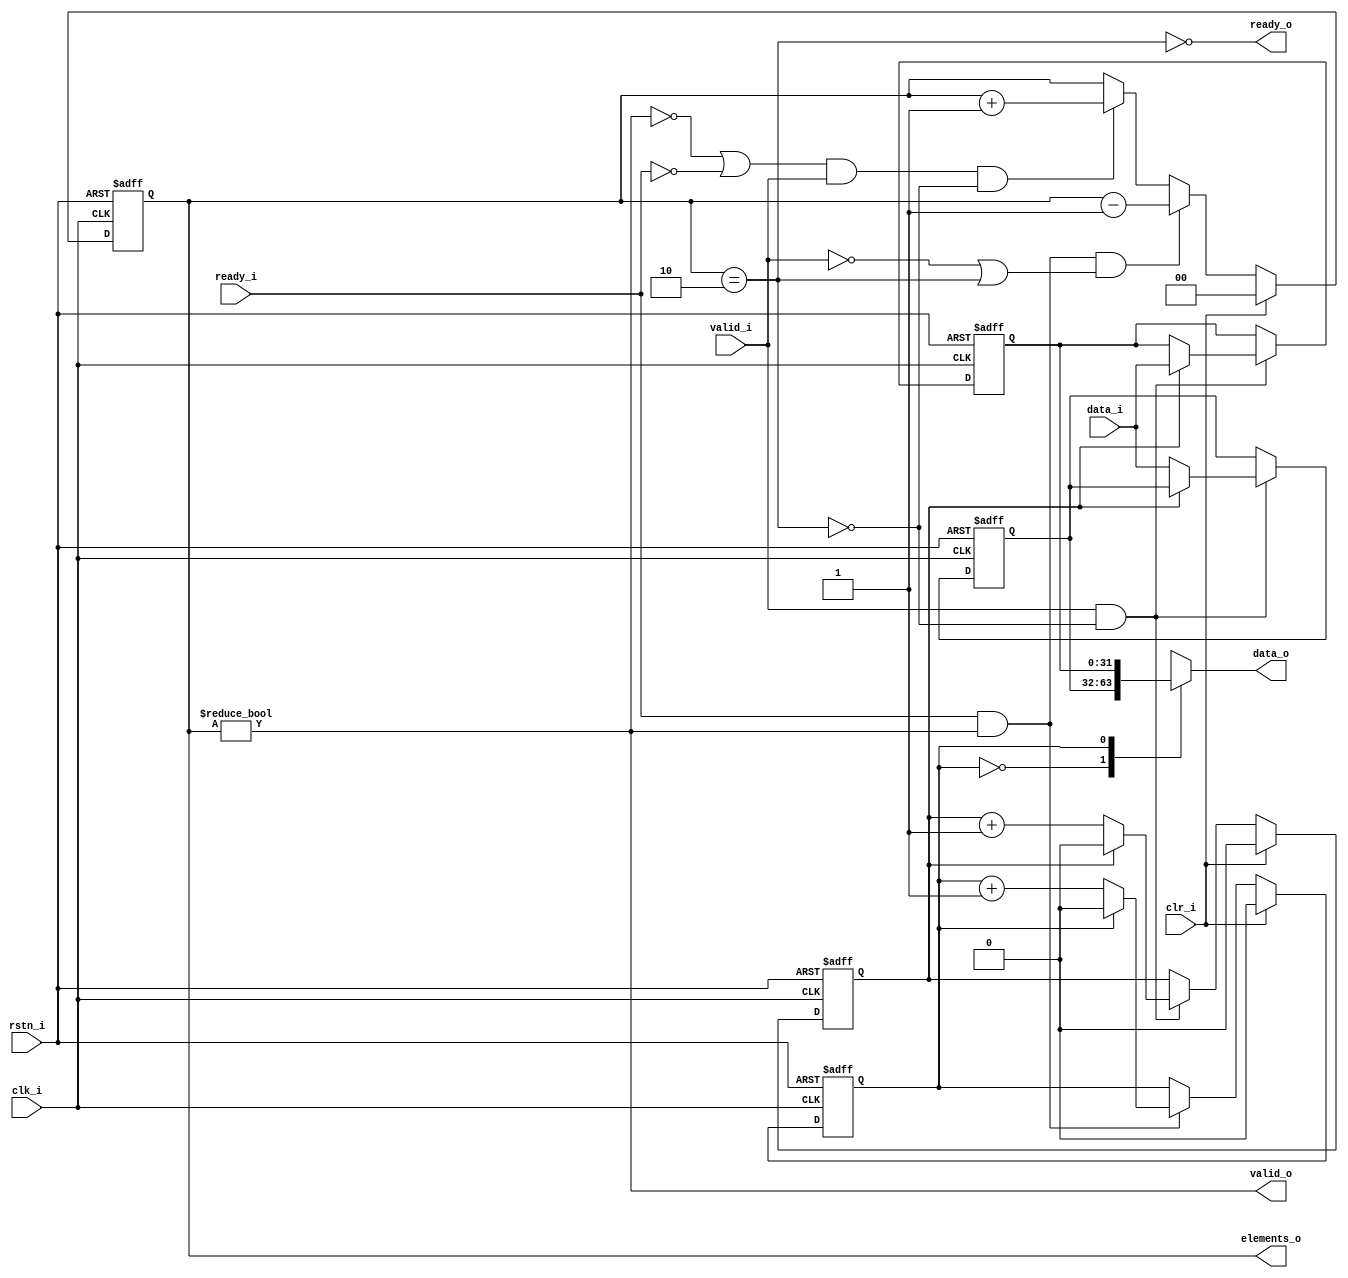
// Copyright 2017 ETH Zurich and University of Bologna.
// -- Adaptable modifications made for hbirdv2 SoC. -- 
// Copyright 2020 Nuclei System Technology, Inc.
// Copyright and related rights are licensed under the Solderpad Hardware
// License, Version 0.51 (the License); you may not use this file except in
// compliance with the License.  You may obtain a copy of the License at
// http://solderpad.org/licenses/SHL-0.51. Unless required by applicable law
// or agreed to in writing, software, hardware and materials distributed under
// this License is distributed on an AS IS BASIS, WITHOUT WARRANTIES OR
// CONDITIONS OF ANY KIND, either express or implied. See the License for the
// specific language governing permissions and limitations under the License.

module io_generic_fifo 
#(
    parameter DATA_WIDTH = 32,
    parameter BUFFER_DEPTH = 2,
    parameter LOG_BUFFER_DEPTH = $clog2(BUFFER_DEPTH)
)
(
    input  wire                      clk_i,
    input  wire                      rstn_i,
    input  wire                      clr_i,
    output wire [LOG_BUFFER_DEPTH:0] elements_o,
    output wire [DATA_WIDTH - 1:0]   data_o,
    output wire                      valid_o,
    input  wire                      ready_i,
    input  wire                      valid_i,
    input  wire [DATA_WIDTH - 1:0]   data_i,
    output wire                      ready_o
);
    // Internal data structures
    reg [LOG_BUFFER_DEPTH - 1:0] pointer_in;      // location to which we last wrote
    reg [LOG_BUFFER_DEPTH - 1:0] pointer_out;     // location from which we last sent

    reg [LOG_BUFFER_DEPTH:0]     elements;        // number of elements in the buffer
    reg [DATA_WIDTH - 1:0]       buffer [BUFFER_DEPTH - 1:0];
    wire                         full;
   
   
    assign full       = (elements == BUFFER_DEPTH);
    assign elements_o = elements;

    always @(posedge clk_i or negedge rstn_i) begin : elements_sequential
        if (rstn_i == 1'b0)
            elements <= 0;
        else if (clr_i)
            elements <= 0;
        // ------------------
        // Are we filling up?
        // ------------------
        // One out, none in
        else if ((ready_i && valid_o) && (!valid_i || full))
            elements <= elements - 1;
        // None out, one in
        else if (((!valid_o || !ready_i) && valid_i) && !full)
            elements <= elements + 1;
        // Else, either one out and one in, or none out and none in - stays unchanged
    end

    integer loop1;
    always @(posedge clk_i or negedge rstn_i) begin : buffers_sequential
        if (rstn_i == 1'b0) begin
            for (loop1 = 0; loop1 < BUFFER_DEPTH; loop1 = loop1 + 1) begin
                buffer[loop1] <= 0;
            end
        end else if (valid_i && !full) begin
            buffer[pointer_in] <= data_i;     // Update the memory
        end
    end

    always @(posedge clk_i or negedge rstn_i) begin : sequential
        if (rstn_i == 1'b0) begin
            pointer_out <= 0;
            pointer_in  <= 0;
	end else if (clr_i) begin
            pointer_out <= 0;
            pointer_in  <= 0;
	end else begin

            // ------------------------------------
            // Check what to do with the input side
            // ------------------------------------
            // We have some input, increase by 1 the input pointer		
	    if (valid_i && !full) begin
                if (pointer_in == $unsigned(BUFFER_DEPTH - 1))
               	    pointer_in <= 0;
                else
               	    pointer_in <= pointer_in + 1;
            end
            // Else we don't have any input, the input pointer stays the same
            
	    
	    // -------------------------------------
            // Check what to do with the output side
            // -------------------------------------
            // We had pushed one flit out, we can try to go for the next one
	    if (ready_i && valid_o) begin
                if (pointer_out == $unsigned(BUFFER_DEPTH - 1))
                    pointer_out <= 0;
                else
                    pointer_out <= pointer_out + 1;
            end
            // Else stay on the same output location
        end
    end


    // Update output ports
    assign data_o  = buffer[pointer_out];
    assign valid_o = (elements != 0);
    assign ready_o = ~full;

endmodule